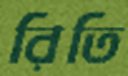
রিতি